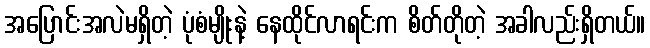
အပြောင်းအလဲမရှိတဲ့ ပုံစံမျိုးနဲ့ နေထိုင်လာရင်းက စိတ်တိုတဲ့ အခါလည်းရှိတယ်။